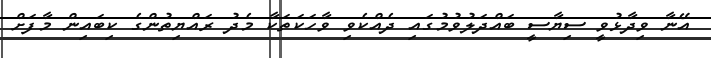
އޭނާ ވިދާޅުވީ ސިޔާސީ ބައްދަލުވުމުގައި ދެއްކެވި ވާހަކަތަކާ މެދު ރައްޔިތުންގެ ކިބައިން މާފަށް